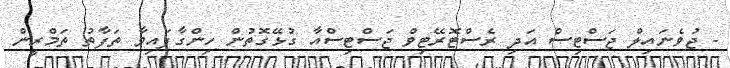
- ޖުވެނައިލް ޖަސްޓިސް އަދި ރެސްޓޮރޭޓިވް ޖަސްޓިސްއާ ގުޅޭގޮތުން ހިންގާފައިވާ ތަފާތު ތަމްރީން